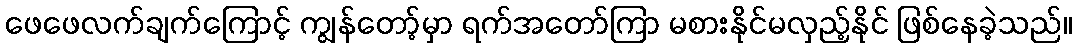
ဖေဖေလက်ချက်ကြောင့် ကျွန်တော့်မှာ ရက်အတော်ကြာ မစားနိုင်မလှည့်နိုင် ဖြစ်နေခဲ့သည်။